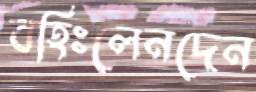
বহিঃলেনদেন